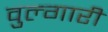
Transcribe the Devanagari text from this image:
वुल्गारी